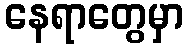
နေရာတွေမှာ